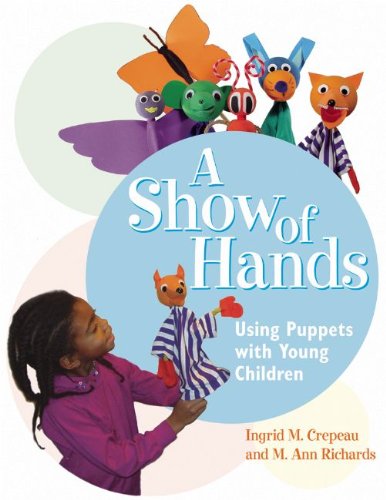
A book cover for A Show of Hands: Using Puppets with Young Children; Ingrid M. Crepeau; Crafts, Hobbies & Home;